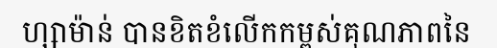
ហ្សាម៉ាន់ បានខិតខំលើកកម្ពស់គុណភាពនៃ